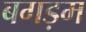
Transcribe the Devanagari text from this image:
बगड़म